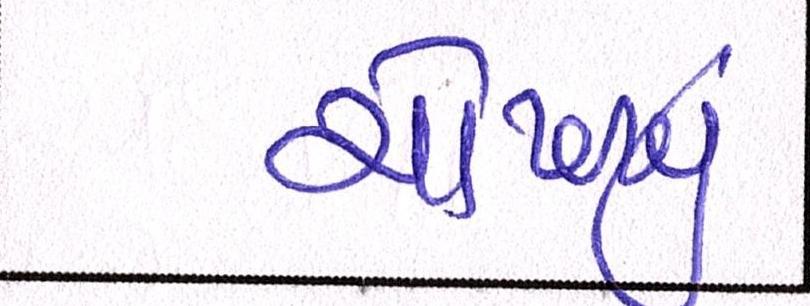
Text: ચોખ્ખુ